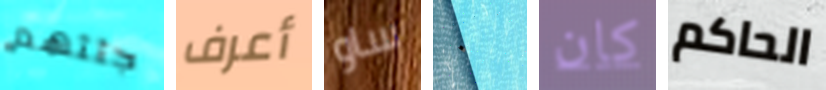
جثثهم أعرف ساو ٠ كان الحاكم